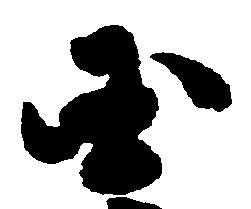
国